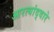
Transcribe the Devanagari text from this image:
आरत्यांद्वारे